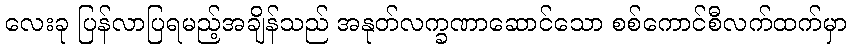
လေးခု ပြန်လာပြရမည့်အချိန်သည် အနုတ်လက္ခဏာဆောင်သော စစ်ကောင်စီလက်ထက်မှာ